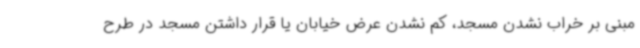
مبنی بر خراب نشدن مسجد، کم نشدن عرض خیابان یا قرار داشتن مسجد در طرح